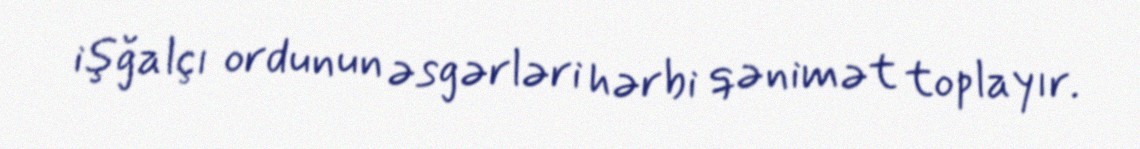
işğalçı ordunun əsgərləri hərbi qənimət toplayır.